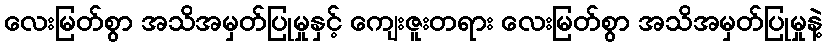
လေးမြတ်စွာ အသိအမှတ်ပြုမှုနှင့် ကျေးဇူးတရား လေးမြတ်စွာ အသိအမှတ်ပြုမှုနဲ့